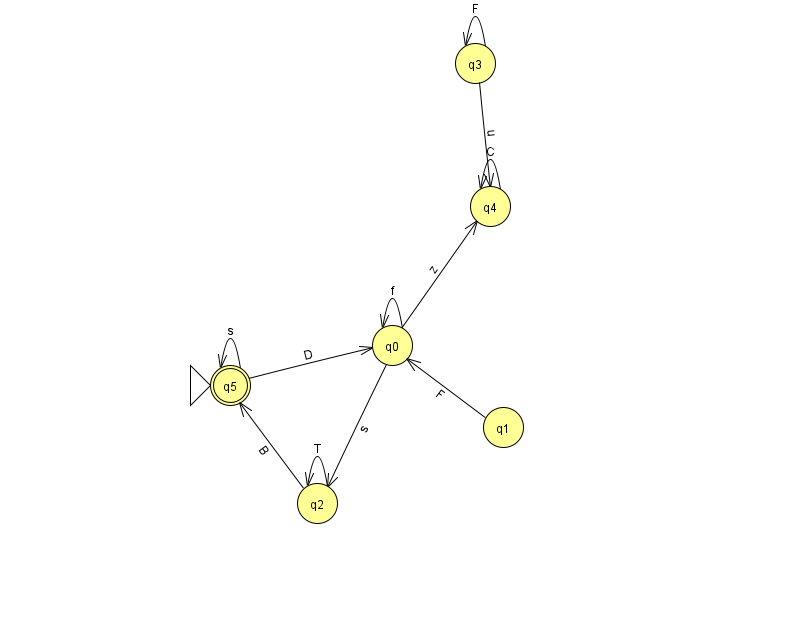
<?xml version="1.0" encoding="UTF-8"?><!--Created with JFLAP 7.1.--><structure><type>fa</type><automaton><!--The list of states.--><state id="0" name="q0"><x>392.0</x><y>332.0</y></state><state id="1" name="q1"><x>503.0</x><y>414.0</y></state><state id="2" name="q2"><x>317.0</x><y>490.0</y></state><state id="3" name="q3"><x>475.0</x><y>50.0</y></state><state id="4" name="q4"><x>490.0</x><y>193.0</y></state><state id="5" name="q5"><x>230.0</x><y>372.0</y><initial/><final/></state><!--The list of transitions.--><transition><from>1</from><to>0</to><read>F</read></transition><transition><from>4</from><to>4</to><read>C</read></transition><transition><from>5</from><to>5</to><read>s</read></transition><transition><from>2</from><to>2</to><read>T</read></transition><transition><from>5</from><to>0</to><read>D</read></transition><transition><from>0</from><to>0</to><read>f</read></transition><transition><from>3</from><to>3</to><read>F</read></transition><transition><from>0</from><to>2</to><read>s</read></transition><transition><from>2</from><to>5</to><read>B</read></transition><transition><from>0</from><to>4</to><read>z</read></transition><transition><from>3</from><to>4</to><read>u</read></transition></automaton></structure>